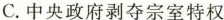
C.中央政府剥夺宗室特权